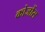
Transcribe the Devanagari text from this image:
कोजोंस